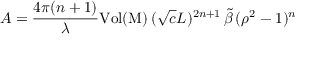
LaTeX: A = \frac { 4 \pi ( n + 1 ) } { \lambda } \mathrm { V o l ( M ) } \, ( \sqrt { c } L ) ^ { 2 n + 1 } \, \tilde { \beta } \, ( \rho ^ { 2 } - 1 ) ^ { n }